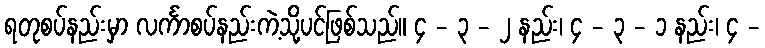
ရတုစပ်နည်းမှာ လင်္ကာစပ်နည်းကဲ့သို့ပင်ဖြစ်သည်။ ၄ - ၃ - ၂ နည်း၊ ၄ - ၃ - ၁ နည်း၊ ၄ -